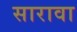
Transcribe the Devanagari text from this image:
सारावा